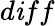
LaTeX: d\mathit{i}ff